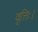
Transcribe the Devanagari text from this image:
वृत्तिः।